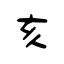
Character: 亥